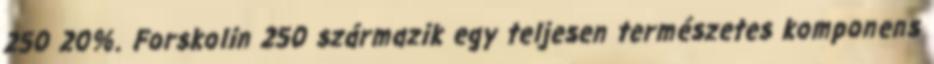
250 20%. Forskolin 250 származik egy teljesen természetes komponens